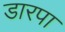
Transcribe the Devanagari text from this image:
डारपा